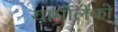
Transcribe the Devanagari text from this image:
यार्मोलेंको